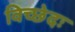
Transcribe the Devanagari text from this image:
विच्छेदः